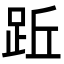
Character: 䟬